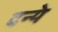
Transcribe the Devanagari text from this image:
दन्ये